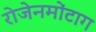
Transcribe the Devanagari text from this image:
रोजेनमोंटाग